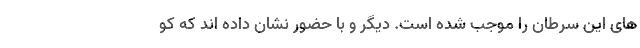
های این سرطان را موجب شده است. دیگر و با حضور نشان داده اند که کو